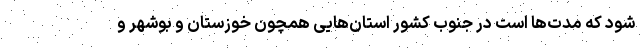
شود که مدت‌ها است در جنوب کشور استان‌هایی همچون خوزستان و بوشهر و